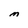
Character: M